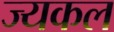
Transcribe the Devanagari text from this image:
ज्यकल